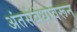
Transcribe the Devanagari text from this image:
अंतसंबंधावरून